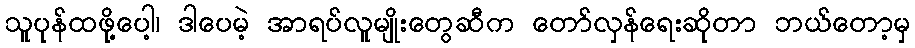
သူပုန်ထဖို့ပေါ့၊ ဒါပေမဲ့ အာရပ်လူမျိုးတွေဆီက တော်လှန်ရေးဆိုတာ ဘယ်တော့မှ